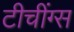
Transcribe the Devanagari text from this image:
टीचींग्स